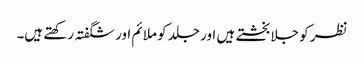
نظر کو جلا بخشتے ہیں اور جلد کو ملائم اور شگفتہ رکھتے ہیں۔